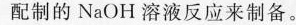
配制的NaOH溶液反应来制备。